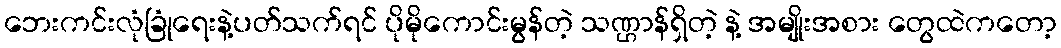
ဘေးကင်းလုံခြုံရေးနဲ့ပတ်သက်ရင် ပိုမိုကောင်းမွန်တဲ့ သဏ္ဌာန်ရှိတဲ့ နဲ့ အမျိုးအစား တွေထဲကတော့